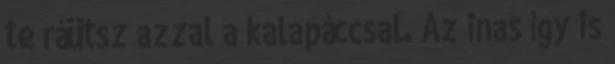
te ráütsz azzal a kalapáccsal. Az inas így is